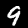
Label: 9